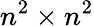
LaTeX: n^{2}\times n^{2}